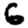
Digit: 6